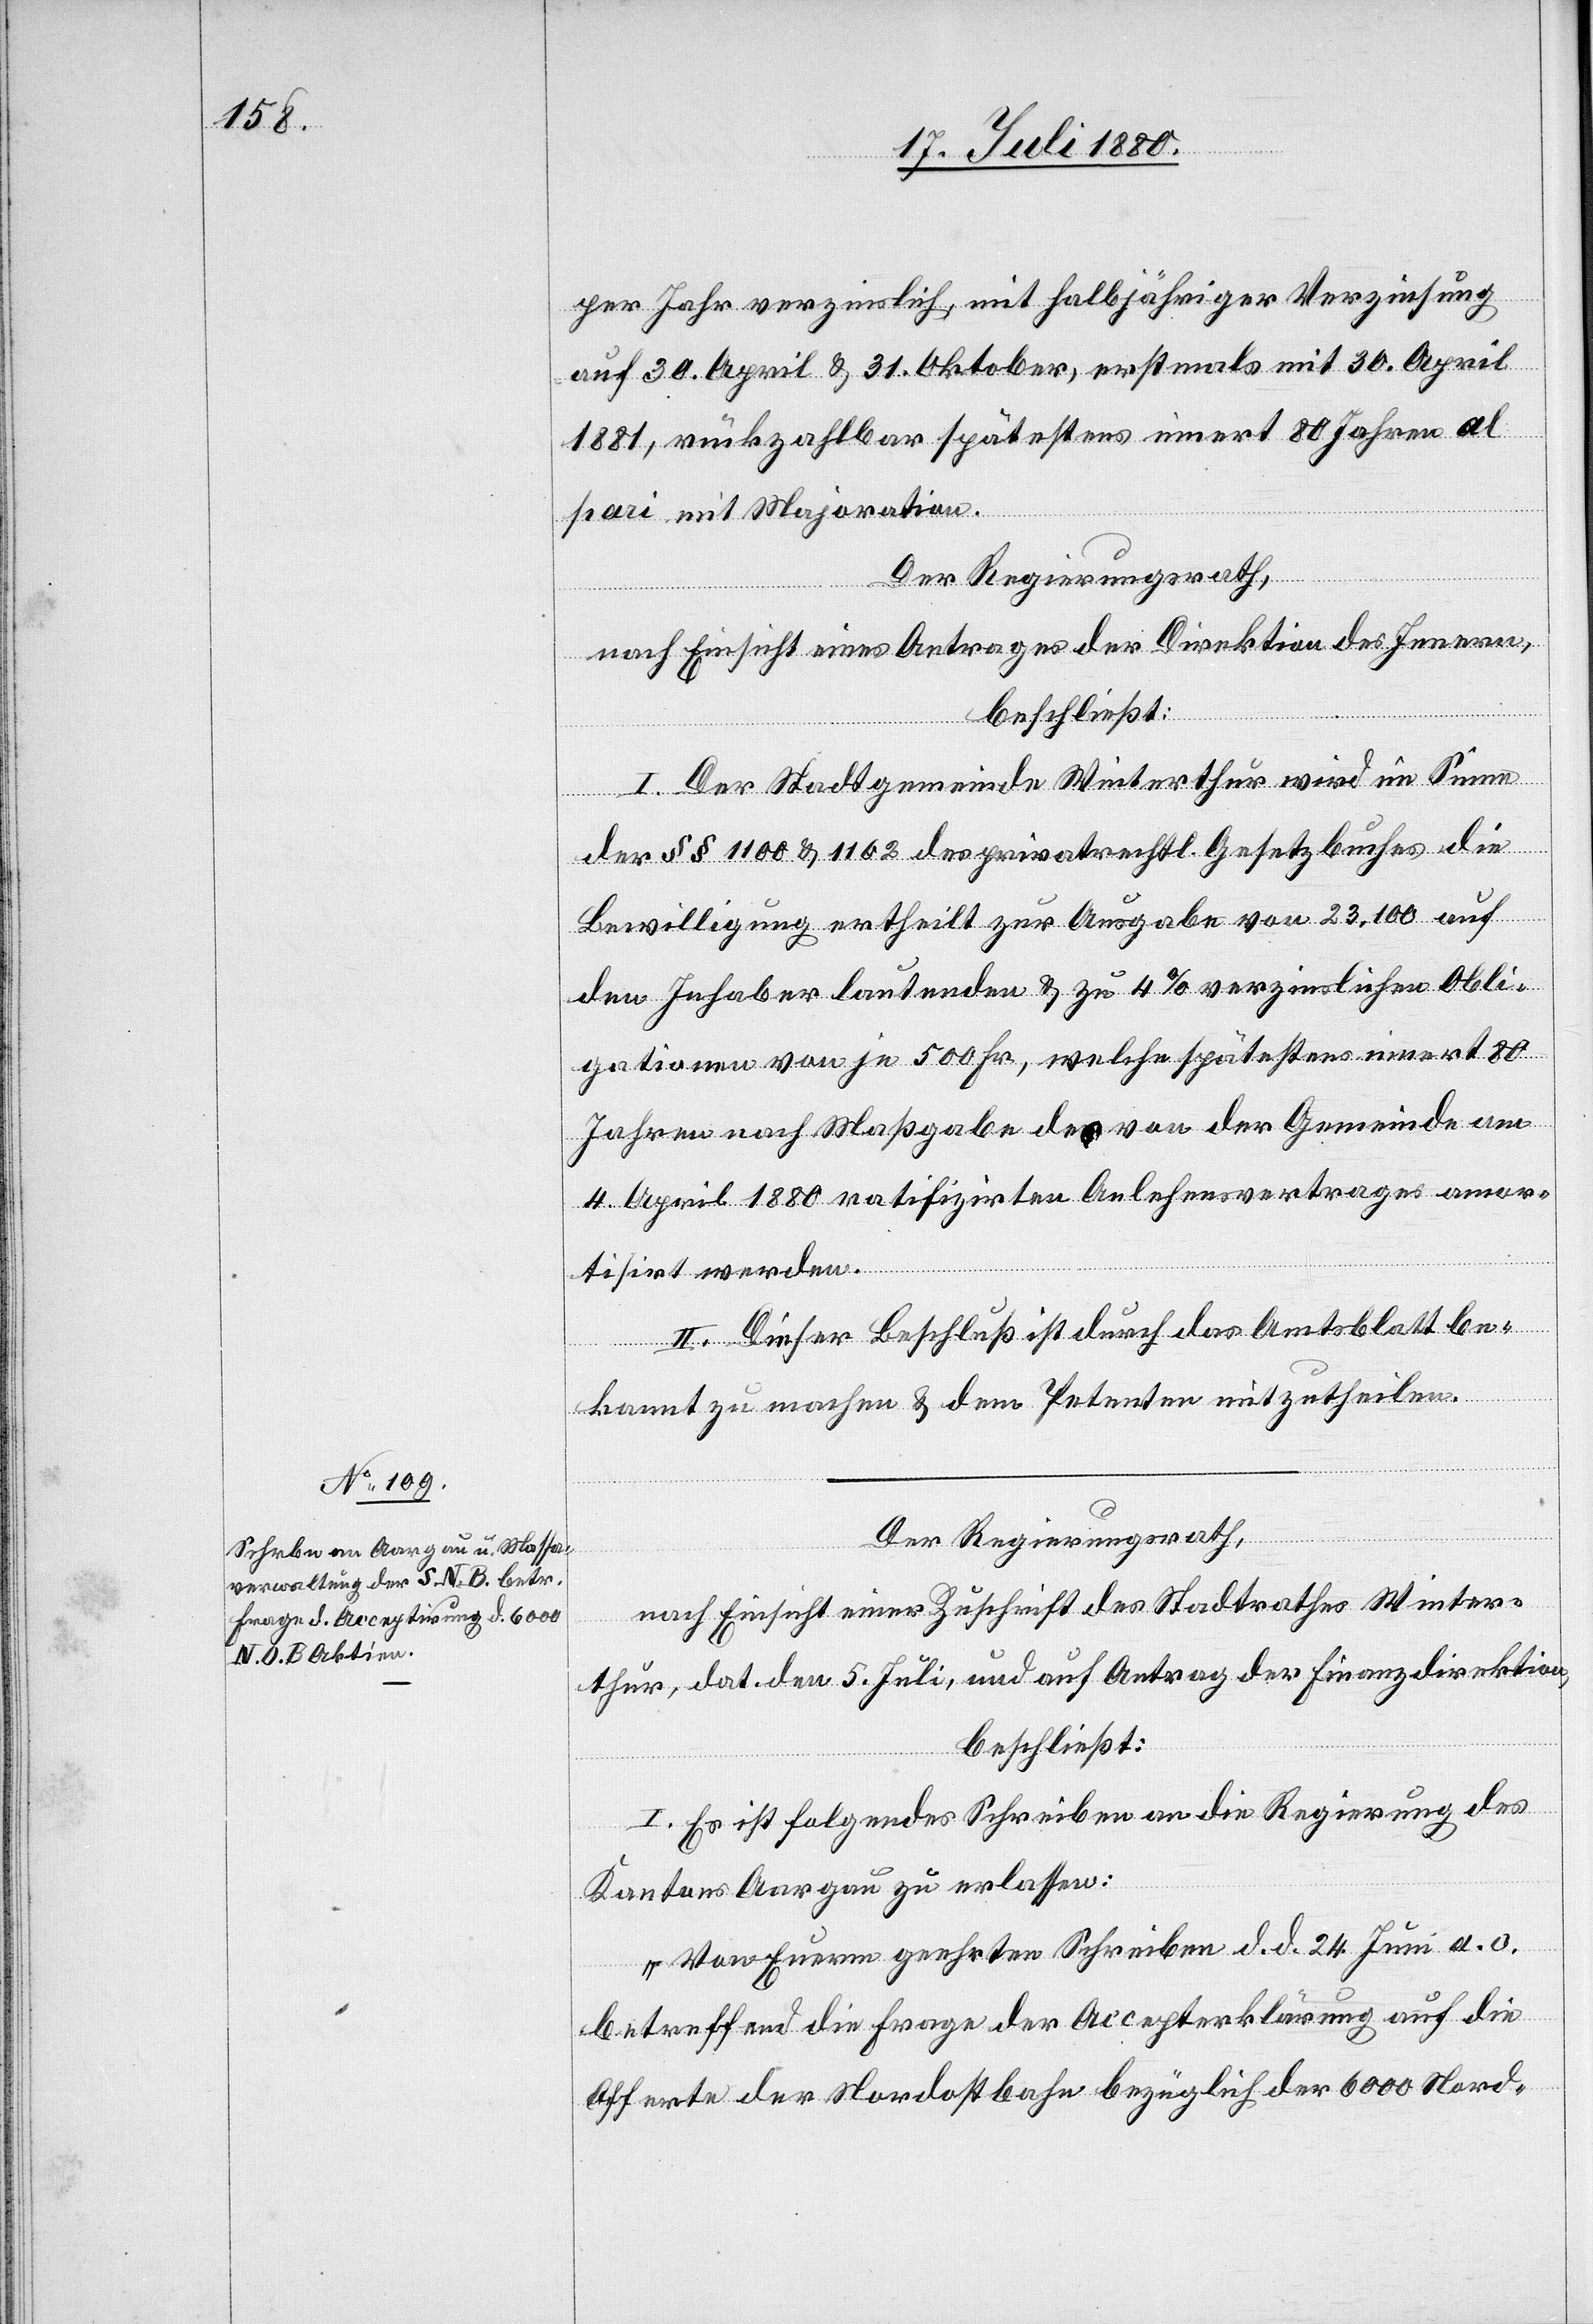
per Jahr verzinslich, mit halbjähriger Verzinsung
auf 30. April & 31. Oktober, erstmals mit 30. April
1881, rückzahlbar spätestens innert 80 Jahren al
pari mit Majoration.
Der Regierungsrath,
nach Einsicht eines Antrages der Direktion des Innern,
beschließt:
I. Der Stadtgemeinde Winterthur wird im Sinne
der §§ 1100 & 1102 des privatrechtl. Gesetzbuches die
Bewilligung ertheilt zur Ausgabe von 23,100 auf
den Inhaber lautenden & zu 4% verzinslichen Obli¬
gationen von je 500 Fr., welche spätestens innert 80
Jahren nach Maßgabe des von der Gemeinde am
4. April 1880 ratifizirten Anlehensvertrages amor¬
tisirt werden.
II. Dieser Beschluß ist durch das Amtsblatt be¬
kannt zu machen & dem Petenten mitzutheilen.
Der Regierungsrath,
nach Einsicht einer Zuschrift des Stadtrathes Winter¬
thur, dat. den 5. Juli, und auf Antrag der Finanzdirektion,
beschließt:
I. Es ist folgendes Schreiben an die Regierung des
Kantons Aargau zu erlassen:
„Von Eurem geehrten Schreiben d. d. 24. Juni a. c.
betreffend die Frage der Accepterklärung auf die
Offerte der Nordostbahn bezüglich der 6000 Nord-